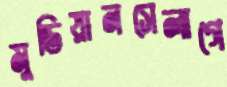
মুডিয়ানসেলাগে